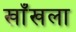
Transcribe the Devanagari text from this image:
खाँखला